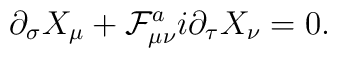
\partial_{\sigma} X_{\mu} +  \mathcal{F}_{\mu\nu}^a i \partial_\tau X_{\nu} = 0.